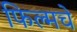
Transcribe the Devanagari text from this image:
फिल्मचे